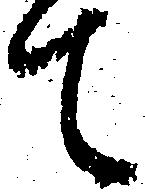
て